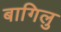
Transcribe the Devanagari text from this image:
बागिलु